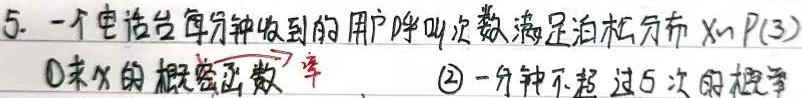
5. 一个电话台每分钟收到的用户呼叫次数满足泊松分布 \(X\sim P(3)\)。
\textcircled{1} 求 \(X\) 的概率函数。
\textcircled{2} 一分钟不超过 5 次的概率。